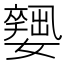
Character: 𡣼